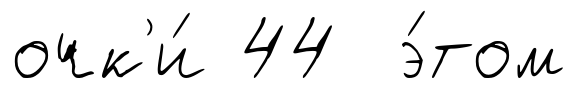
очк'и́ 44 э́том